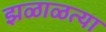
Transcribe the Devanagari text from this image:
झळाळत्या